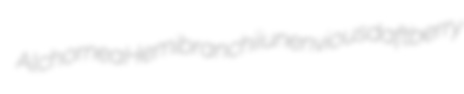
Alchornea Hemibranchii unenvious daftberry